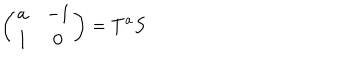
\left( \begin{array} { c c } { { a } } & { { - 1 } } \\ { { 1 } } & { { 0 } } \\ \end{array} \right) = T ^ { a } S